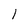
Character: I